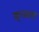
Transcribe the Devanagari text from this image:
इल्‍जाम